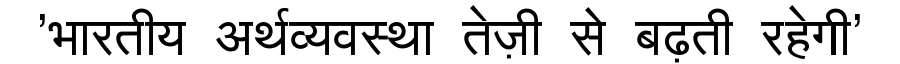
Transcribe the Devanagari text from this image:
'भारतीय अर्थव्यवस्था तेज़ी से बढ़ती रहेगी'